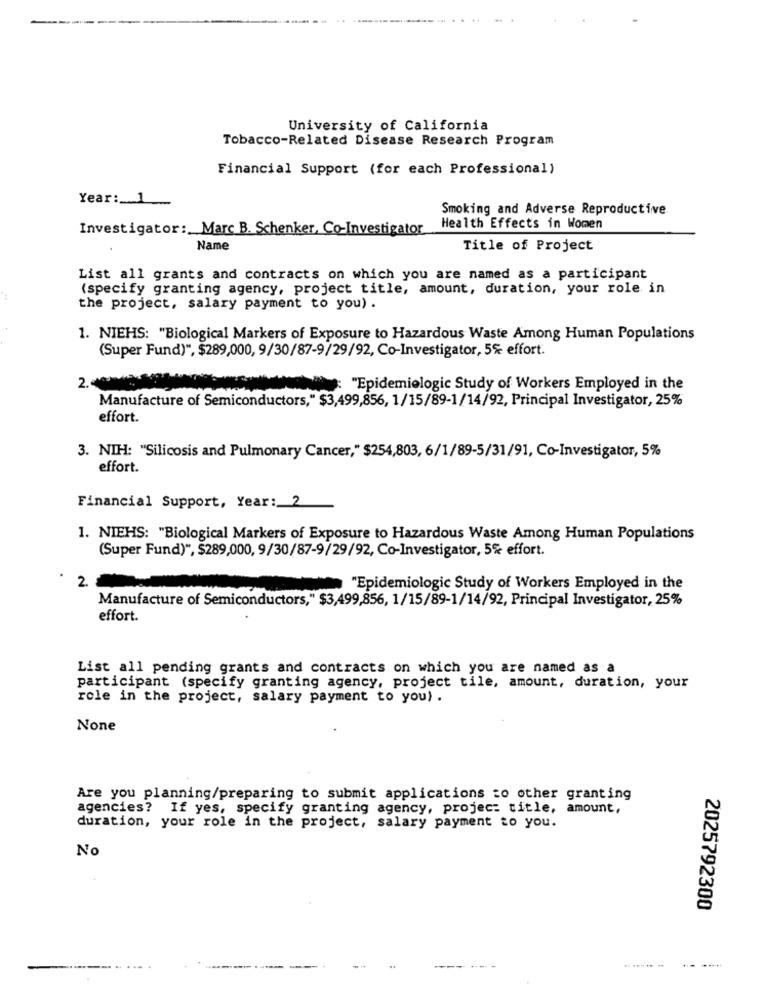
University of California
Tobacco-Related Disease Research Program
Financial Support (for each Professional)
Year: 1
Smoking and Adverse Reproductive
Investigator :. Marc B. Schenker, Co-Investigator
Health Effects in Women
Name
Title of Project
List all grants and contracts on which you are named as a participant
(specify granting agency, project title, amount, duration, your role in
the project, salary payment to you) .
1. NIEHS: "Biological Markers of Exposure to Hazardous Waste Among Human Populations
(Super Fund)", $289,000, 9/30/87-9/29/92, Co-Investigator, 5% effort.
2.
"Epidemiologic Study of Workers Employed in the
Manufacture of Semiconductors," $3,499,856, 1/15/89-1/14/92, Principal Investigator, 25%
effort.
3. NIH: "Silicosis and Pulmonary Cancer," $254,803, 6/1/89-5/31/91, Co-Investigator, 5%
effort.
Financial Support, Year: 2
1. NIEHS: "Biological Markers of Exposure to Hazardous Waste Among Human Populations
(Super Fund)", $289,000, 9/30/87-9/29/92, Co-Investigator, 5% effort.
2.
"Epidemiologic Study of Workers Employed in the
Manufacture of Semiconductors," $3,499,856, 1/15/89-1/14/92, Principal Investigator, 25%
effort.
List all pending grants and contracts on which you are named as a
participant (specify granting agency, project tile, amount, duration, your
role in the project, salary payment to you) .
Are you planning/preparing to submit applications to other granting
agencies? If yes, specify granting agency, projec: title, amount,
duration, your role in the project, salary payment to you.
No
2025792300
------
---
... .